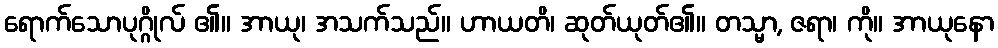
ရောက်သောပုဂ္ဂိုလ် ၏။ အာယု၊ အသက်သည်။ ဟာယတိ၊ ဆုတ်ယုတ်၏။ တသ္မာ, ဇရာ၊ ကို။ အာယုနော